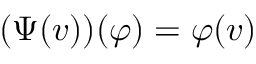
( \Psi ( v ) ) ( \varphi ) = \varphi ( v )